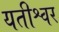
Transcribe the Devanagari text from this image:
यतीश्वर